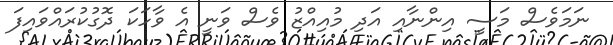
ނަމަވެސް މަސީ އިންނާއި އަދި މުއިއްޒު ވެސް ވަނީ އެ ވާހަކަ ދޮގުކުރައްވައިފަ